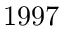
1 9 9 7